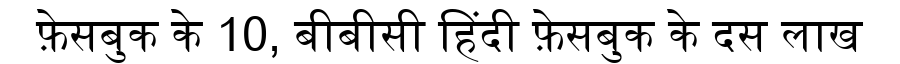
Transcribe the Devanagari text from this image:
फ़ेसबुक के 10, बीबीसी हिंदी फ़ेसबुक के दस लाख